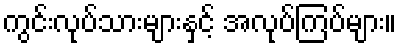
ကွင်းလုပ်သားများနှင့် အလုပ်ကြပ်များ။